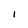
Character: I